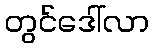
တွင်ဒေါ်လာ